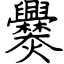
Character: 爨